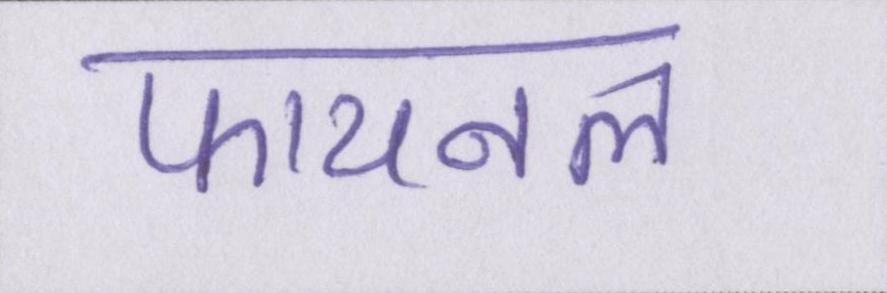
फायनल